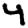
Digit: 4